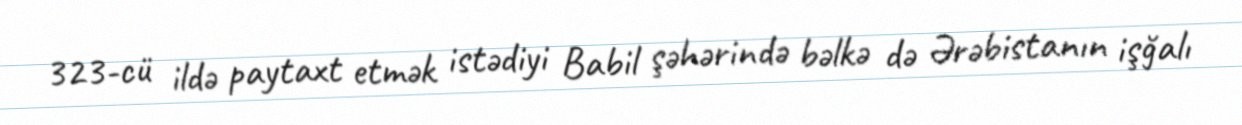
323-cü ildə paytaxt etmək istədiyi Babil şəhərində bəlkə də Ərəbistanın işğalı